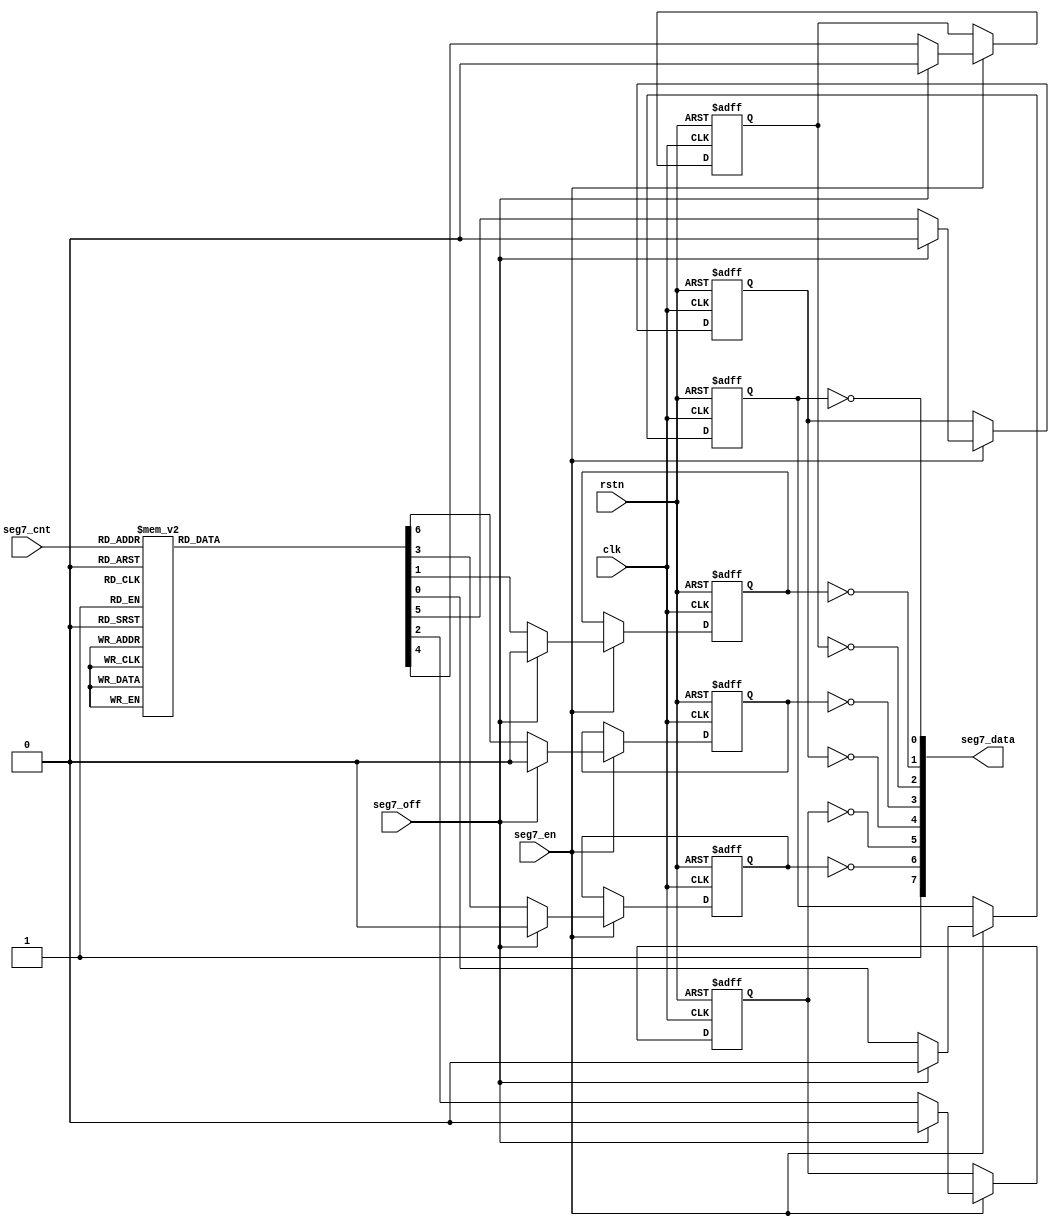


module wm_fnd_led (
	input			clk,			// 48MHz
	input			rstn,

	input			seg7_en,
	input			seg7_off,
	input	[3:0]	seg7_cnt,
	output	[7:0]	seg7_data
);



	reg				seg7TopH;
	reg				seg7MidH;
	reg				seg7BotH;
	reg				seg7TopVL;
	reg				seg7TopVR;
	reg				seg7BotVL;
	reg				seg7BotVR;
	always @(posedge clk or negedge rstn) begin
		if (~rstn) begin
			seg7TopH               <= 1'b0;
			{seg7TopVL, seg7TopVR} <= {1'b0, 1'b0};
			seg7MidH 			   <= 1'b0;
			{seg7BotVL, seg7BotVR} <= {1'b0, 1'b0};
			seg7BotH 			   <= 1'b0;
		end
		else if (seg7_en) begin
			if (seg7_off) begin
				seg7TopH               <= 1'b0;
				{seg7TopVL, seg7TopVR} <= {1'b0, 1'b0};
				seg7MidH 			   <= 1'b0;
				{seg7BotVL, seg7BotVR} <= {1'b0, 1'b0};
				seg7BotH 			   <= 1'b0;
			end
			else begin
				case (seg7_cnt)
				0 : begin
					seg7TopH               <= 1'b1;
					{seg7TopVL, seg7TopVR} <= {1'b1, 1'b1};
					seg7MidH 			   <= 1'b0;
					{seg7BotVL, seg7BotVR} <= {1'b1, 1'b1};
					seg7BotH 			   <= 1'b1;
				end
				1 : begin
					seg7TopH               <= 1'b0;
					{seg7TopVL, seg7TopVR} <= {1'b0, 1'b1};
					seg7MidH 			   <= 1'b0;
					{seg7BotVL, seg7BotVR} <= {1'b0, 1'b1};
					seg7BotH 			   <= 1'b0;
				end
				2 : begin
					seg7TopH               <= 1'b1;
					{seg7TopVL, seg7TopVR} <= {1'b0, 1'b1};
					seg7MidH 			   <= 1'b1;
					{seg7BotVL, seg7BotVR} <= {1'b1, 1'b0};
					seg7BotH 			   <= 1'b1;
				end
				3 : begin
					seg7TopH               <= 1'b1;
					{seg7TopVL, seg7TopVR} <= {1'b0, 1'b1};
					seg7MidH 			   <= 1'b1;
					{seg7BotVL, seg7BotVR} <= {1'b0, 1'b1};
					seg7BotH 			   <= 1'b1;
				end
				4 : begin
					seg7TopH               <= 1'b0;
					{seg7TopVL, seg7TopVR} <= {1'b1, 1'b1};
					seg7MidH 			   <= 1'b1;
					{seg7BotVL, seg7BotVR} <= {1'b0, 1'b1};
					seg7BotH 			   <= 1'b0;
				end
				5 : begin
					seg7TopH               <= 1'b1;
					{seg7TopVL, seg7TopVR} <= {1'b1, 1'b0};
					seg7MidH 			   <= 1'b1;
					{seg7BotVL, seg7BotVR} <= {1'b0, 1'b1};
					seg7BotH 			   <= 1'b1;
				end
				6 : begin
					seg7TopH               <= 1'b1;
					{seg7TopVL, seg7TopVR} <= {1'b1, 1'b0};
					seg7MidH 		       <= 1'b1;
					{seg7BotVL, seg7BotVR} <= {1'b1, 1'b1};
					seg7BotH 		       <= 1'b1;
				end
				7 : begin
					seg7TopH               <= 1'b1;
					{seg7TopVL, seg7TopVR} <= {1'b0, 1'b1};
					seg7MidH 		       <= 1'b0;
					{seg7BotVL, seg7BotVR} <= {1'b0, 1'b1};
					seg7BotH 		       <= 1'b0;
				end
				8 : begin
					seg7TopH               <= 1'b1;
					{seg7TopVL, seg7TopVR} <= {1'b1, 1'b1};
					seg7MidH 			   <= 1'b1;
					{seg7BotVL, seg7BotVR} <= {1'b1, 1'b1};
					seg7BotH 			   <= 1'b1;
				end
				9 : begin
					seg7TopH               <= 1'b1;
					{seg7TopVL, seg7TopVR} <= {1'b1, 1'b1};
					seg7MidH 			   <= 1'b1;
					{seg7BotVL, seg7BotVR} <= {1'b0, 1'b1};
					seg7BotH 			   <= 1'b1;
				end
				4'hA : begin
					seg7TopH               <= 1'b1;
					{seg7TopVL, seg7TopVR} <= {1'b1, 1'b1};
					seg7MidH 			   <= 1'b1;
					{seg7BotVL, seg7BotVR} <= {1'b1, 1'b1};
					seg7BotH 			   <= 1'b0;
				end
				4'hB : begin
					seg7TopH               <= 1'b0;
					{seg7TopVL, seg7TopVR} <= {1'b1, 1'b0};
					seg7MidH 			   <= 1'b1;
					{seg7BotVL, seg7BotVR} <= {1'b1, 1'b1};
					seg7BotH 			   <= 1'b1;
				end
				4'hC : begin
					seg7TopH               <= 1'b1;
					{seg7TopVL, seg7TopVR} <= {1'b1, 1'b0};
					seg7MidH 			   <= 1'b0;
					{seg7BotVL, seg7BotVR} <= {1'b1, 1'b0};
					seg7BotH 			   <= 1'b1;
				end
				4'hD : begin
					seg7TopH               <= 1'b0;
					{seg7TopVL, seg7TopVR} <= {1'b0, 1'b1};
					seg7MidH 			   <= 1'b1;
					{seg7BotVL, seg7BotVR} <= {1'b1, 1'b1};
					seg7BotH 			   <= 1'b1;
				end
				4'hE : begin
					seg7TopH               <= 1'b1;
					{seg7TopVL, seg7TopVR} <= {1'b1, 1'b0};
					seg7MidH 			   <= 1'b1;
					{seg7BotVL, seg7BotVR} <= {1'b1, 1'b0};
					seg7BotH 			   <= 1'b1;
				end
				4'hF : begin
					seg7TopH               <= 1'b1;
					{seg7TopVL, seg7TopVR} <= {1'b1, 1'b0};
					seg7MidH 			   <= 1'b1;
					{seg7BotVL, seg7BotVR} <= {1'b1, 1'b0};
					seg7BotH 			   <= 1'b0;
				end
				endcase
			end
		end
	end

	// Assign 7-segment output port
	wire seg7_top_hor       = ~seg7TopH;
	wire seg7_mid_hor       = ~seg7MidH;
	wire seg7_bot_hor       = ~seg7BotH;
	wire seg7_top_ver_left  = ~seg7TopVL;
	wire seg7_top_ver_right = ~seg7TopVR;
	wire seg7_bot_ver_left  = ~seg7BotVL;
	wire seg7_bot_ver_right = ~seg7BotVR;

	assign seg7_data = {
		1'b1,
		seg7_mid_hor       ,
		seg7_top_ver_left  ,
		seg7_bot_ver_left  ,
		seg7_bot_hor       ,
		seg7_bot_ver_right ,
		seg7_top_ver_right ,
		seg7_top_hor       };
	

endmodule